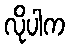
လိုပါက